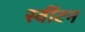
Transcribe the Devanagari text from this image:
स्वींटन